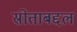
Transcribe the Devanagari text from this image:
स्रोताबद्दल